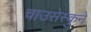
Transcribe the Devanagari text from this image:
चाउसेस्कुने